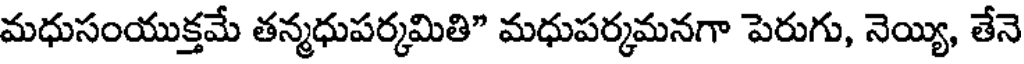
మధుసంయుక్తమే తన్మధుపర్కమితి" మధుపర్కమనగా పెరుగు, నెయ్యి, తేనె